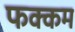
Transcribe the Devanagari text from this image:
फक्कम